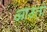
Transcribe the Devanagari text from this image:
आउतो